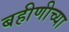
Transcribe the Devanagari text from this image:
बहीणीच्या